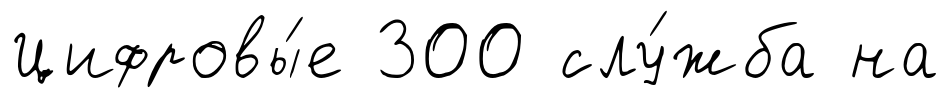
Цифровы́е 300 слу́жба на